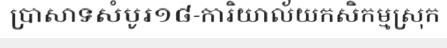
ប្រាសាទសំបូរ១៨-ការិយាល័យកសិកម្មស្រុក